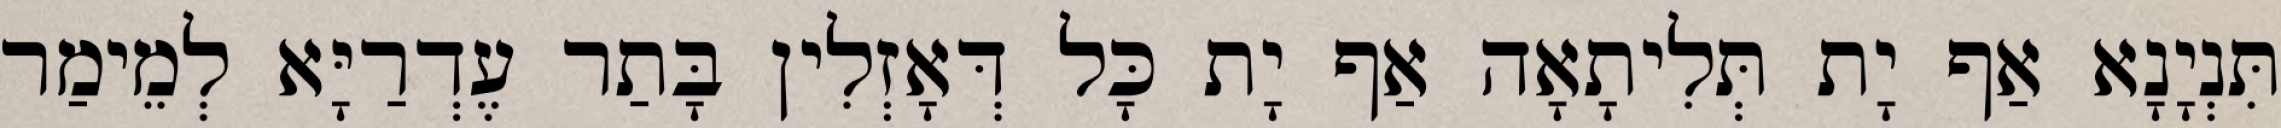
תִּנְיָנָא אַף יָת תְּלִיתָאָה אַף יָת כָּל דְּאָזְלִין בָּתַר עֶדְרַיָּא לְמֵימַר